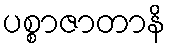
ပစ္စာဇာတာနိ